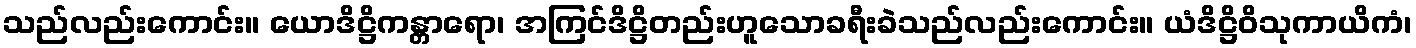
သည်လည်းကောင်း။ ယောဒိဋ္ဌိကန္တာရော၊ အကြင်ဒိဋ္ဌိတည်းဟူသောခရီးခဲသည်လည်းကောင်း။ ယံဒိဋ္ဌိဝိသုကာယိကံ၊